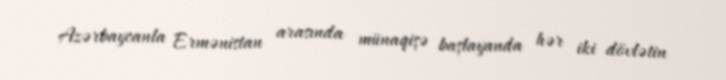
Azərbaycanla Ermənistan arasında münaqişə başlayanda hər iki dövlətin